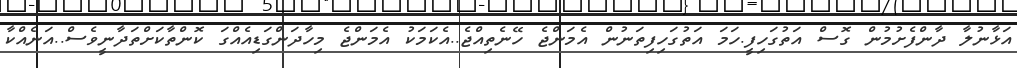
އަޅާނުލާ ދާންފެށުމުން ގޮސް އަތުގަހިފީ.ހަމަ އަތުގަހިފިތަނުން އެމަންޖެ ހޭނެތިއްޖެ..އެކަމަކު އެމަންޖެ މިހާދަންގަޑިއެއްގަ ކޮންތާކަށްތަދާނީވެސް..އަނެއްކާ